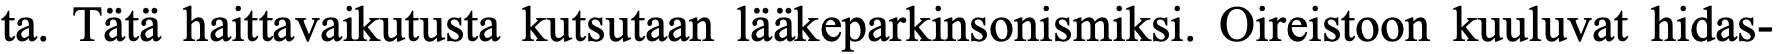
ta. Tätä haittavaikutusta kutsutaan lääkeparkinsonismiksi. Oireistoon kuuluvat hidas-